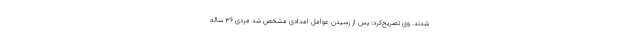
شدند. وی تصریح‌کرد: پس از رسیدن عوامل امدادی مشخص شد مردی ۳۶ ساله